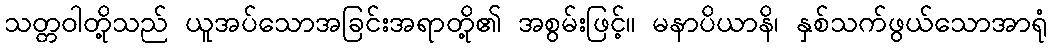
သတ္တဝါတို့သည် ယူအပ်သောအခြင်းအရာတို့၏ အစွမ်းဖြင့်။ မနာပိယာနိ၊ နှစ်သက်ဖွယ်သောအာရုံ